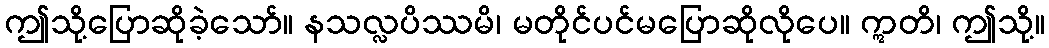
ဤသို့ပြောဆိုခဲ့သော်။ နသလ္လပိဿမိ၊ မတိုင်ပင်မပြောဆိုလိုပေ။ ဣတိ၊ ဤသို့။